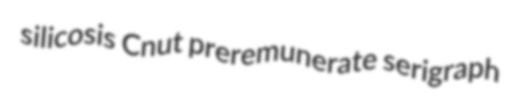
silicosis Cnut preremunerate serigraph